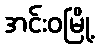
အင်းဝမြို့